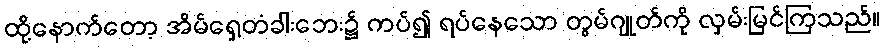
ထို့နောက်တော့ အိမ်ရှေ့တံခါးဘေး၌ ကပ်၍ ရပ်နေသော တွမ်ဂျုတ်ကို လှမ်းမြင်ကြသည်။